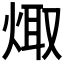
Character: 𭴻